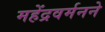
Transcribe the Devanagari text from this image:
महेंद्रवर्मनने